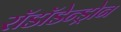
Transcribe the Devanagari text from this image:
रॉडॉडेन्ड्रोन